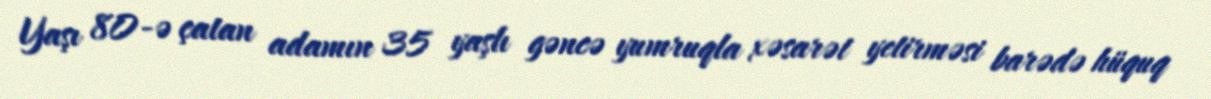
Yaşı 80-ə çatan adamın 35 yaşlı gəncə yumruqla xəsarət yetirməsi barədə hüquq